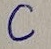
Text: C